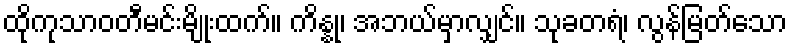
ထိုကုသာဝတီမင်းမျိုးထက်။ ကိန္နု၊ အဘယ်မှာလျှင်။ သုခတရံ၊ လွန်မြတ်သော